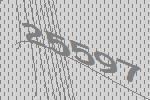
25597